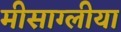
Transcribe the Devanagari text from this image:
मीसाग्लीया